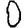
Digit: 0